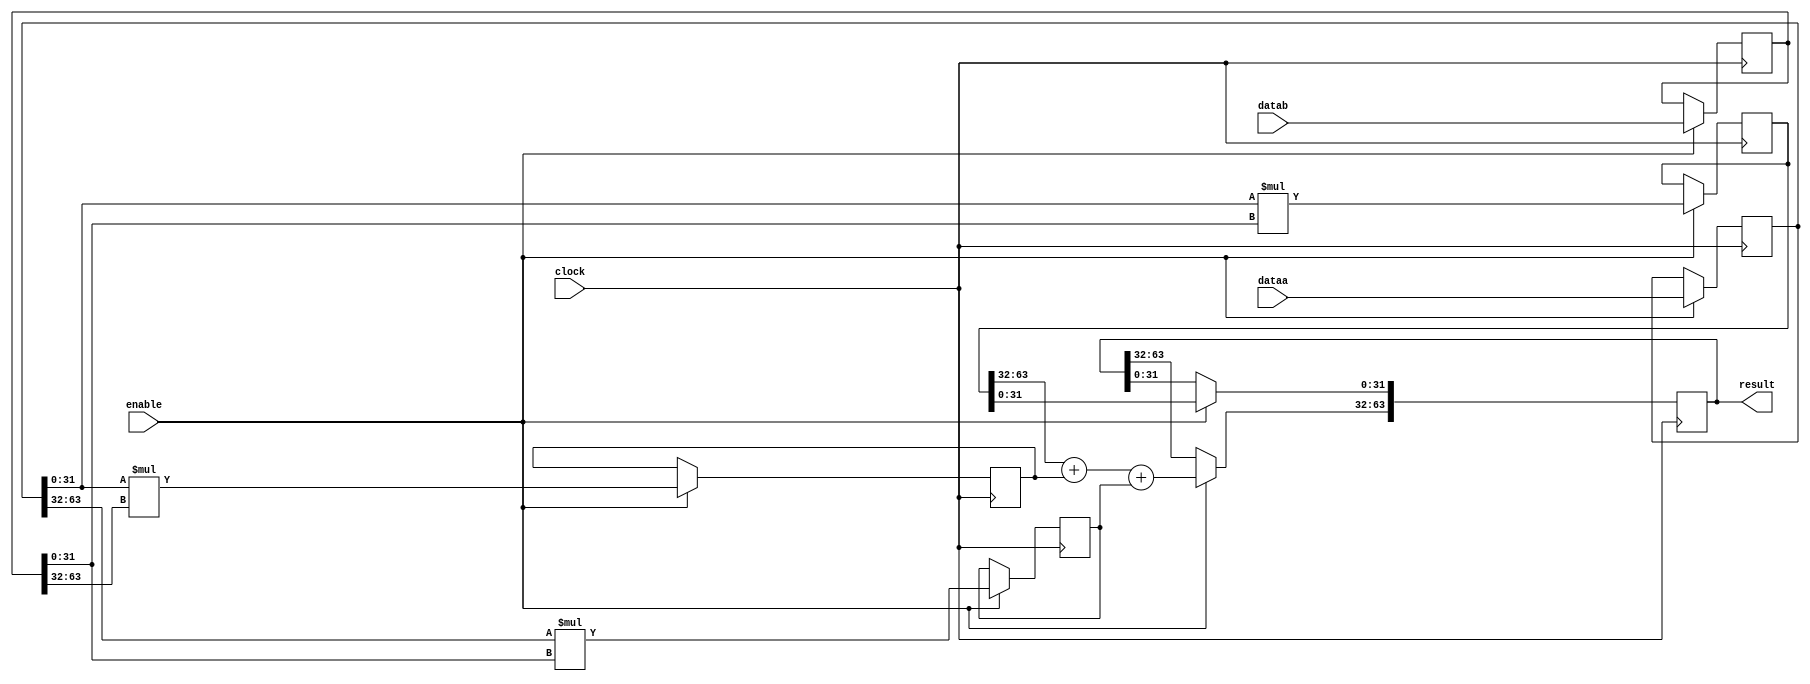
module acl_int_mult64s_s5 (
	enable,
	clock,
	dataa,
	datab,
	result);

  parameter INPUT1_WIDTH = 64;
  parameter INPUT2_WIDTH = 64;

	input	  enable;
	input	  clock;
	input	[INPUT1_WIDTH - 1 : 0]  dataa;
	input	[INPUT2_WIDTH - 1 : 0]  datab;
	(* altera_attribute = "-name auto_shift_register_recognition OFF" *) output	reg [63:0]  result;
	(* altera_attribute = "-name auto_shift_register_recognition OFF" *) reg	[INPUT1_WIDTH - 1 : 0]  reg_dataa;
	(* altera_attribute = "-name auto_shift_register_recognition OFF" *) reg	[INPUT2_WIDTH - 1 : 0]  reg_datab;
	(* altera_attribute = "-name auto_shift_register_recognition OFF" *) reg	[INPUT1_WIDTH - 1 : 0]  reg_dataa2;
	(* altera_attribute = "-name auto_shift_register_recognition OFF" *) reg	[INPUT2_WIDTH - 1 : 0]  reg_datab2;
	
	localparam TMP1_WIDTH = (INPUT1_WIDTH > 32)? INPUT1_WIDTH : 33;
	localparam TMP2_WIDTH = (INPUT2_WIDTH > 32)? INPUT2_WIDTH : 33;

generate
if(INPUT1_WIDTH>=19 && INPUT1_WIDTH<=27 && INPUT2_WIDTH>=19 && INPUT2_WIDTH<=27)
begin
  // Use a special WYSIWYG for the 27x27 multiplier mode

  always@(posedge clock)
  begin
    if (enable)
    begin
      reg_dataa <= dataa;
      reg_datab <= datab;
    end
  end

  wire [53:0] mul_result;
  wire [26:0] inp_a;
  wire [26:0] inp_b;

  assign inp_a = reg_dataa;
  assign inp_b = reg_datab;

  sv_mult27 the_multiplier(clock,enable,inp_a,inp_b,mul_result);

  always@(*)
  begin
     result <= mul_result;
  end
end
else if(INPUT1_WIDTH == 64 && INPUT2_WIDTH >= 32 || INPUT2_WIDTH == 64 && INPUT1_WIDTH >= 32) begin : GEN_LONG_MUL //Karatsuba algorithm
  reg [63:0] temp0;
  reg [TMP1_WIDTH-1:0] R_a;
  reg [TMP2_WIDTH-1:0] R_b;
  reg [31:0] temp1, temp2;
  always@(posedge clock) begin
    if(enable) begin
      R_a <= dataa;
      R_b <= datab;
      temp0 <= R_a[31:0] * R_b[31:0];
      temp1 <= R_a[31:0] * R_b[TMP2_WIDTH-1:32];
      temp2 <= R_a[TMP1_WIDTH-1:32] * R_b[31:0];
      result[63:32] <= temp0[63:32] + temp1 + temp2;
      result[31:0] <= temp0[31:0];
    end
  end  
end
else
begin
  // Default LPM_MULT inference
  always@(posedge clock)
  begin
    if (enable)
    begin
      result <= reg_dataa2 * reg_datab2; 
      reg_dataa <= dataa;
      reg_datab <= datab;
      reg_dataa2 <= reg_dataa;
      reg_datab2 <= reg_datab;
    end
  end
end
endgenerate
endmodule